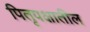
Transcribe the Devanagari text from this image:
पितृपक्षातील